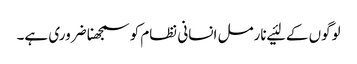
لوگوں‌ کے لئیے نارمل انسانی نظام کو سمجھنا ضروری ہے۔